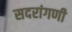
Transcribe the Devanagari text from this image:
सदरांगणी